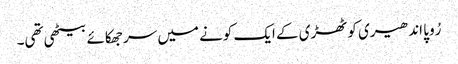
رُوپا اندھیری کوٹھڑی کے ایک کونے میں سر جھکائے بیٹھی تھی۔